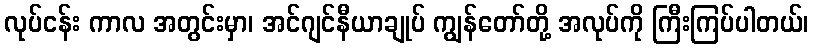
လုပ်ငန်း ကာလ အတွင်းမှာ၊ အင်ဂျင်နီယာချုပ် ကျွန်တော်တို့ အလုပ်ကို ကြီးကြပ်ပါတယ်၊